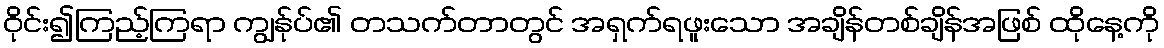
ဝိုင်း၍ကြည့်ကြရာ ကျွန်ုပ်၏ တသက်တာတွင် အရှက်ရဖူးသော အချိန်တစ်ချိန်အဖြစ် ထိုနေ့ကို